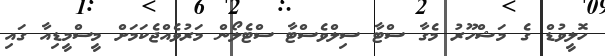
ހޮލީވުޑް ގެ މަޝްހޫރު މެގާ ސްޓާ ސިލްވެސްޓާ ސްޓެލޯން މަރުވެއްޖެކަމަށް މީސްމީޑިއާ ގައި